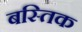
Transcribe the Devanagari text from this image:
बस्तिक